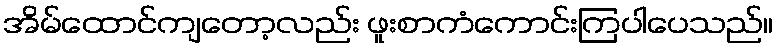
အိမ်ထောင်ကျတော့လည်း ဖူးစာကံကောင်းကြပါပေသည်။